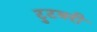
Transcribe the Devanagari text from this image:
टुटबरी